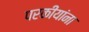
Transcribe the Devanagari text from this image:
परकीयांना